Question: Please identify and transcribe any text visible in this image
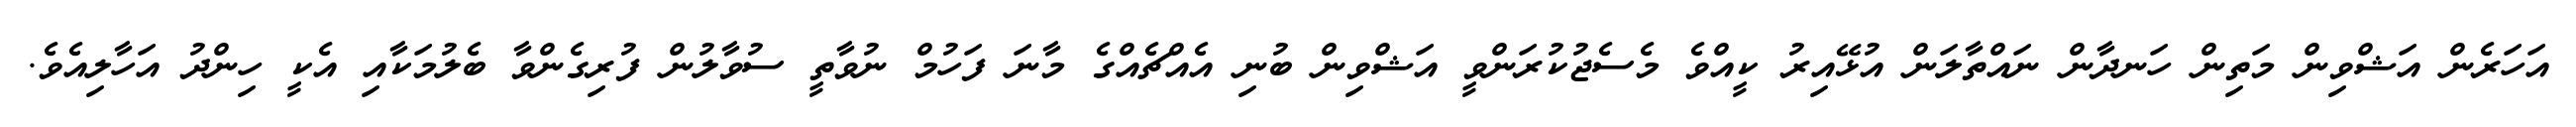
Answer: އަހަރެން އަޝްވިން މަތިން ހަނދާން ނައްތާލަން އުޅޭއިރު ކީއްވެ މެސެޖުކުރަންވީ އަޝްވިން ބުނި އެއްޗެއްގެ މާނަ ފަހުމް ނުވާތީ ސުވާލުން ފުރިގެންވާ ބެލުމަކާއި އެކީ ހިންދު އަހާލިއެވެ.